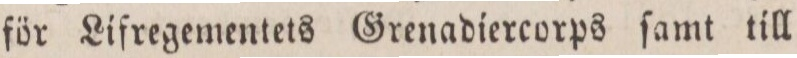
för Lifregementets Grenadiercorps ſamt till